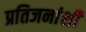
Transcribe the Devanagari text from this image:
प्रतिजनांशी